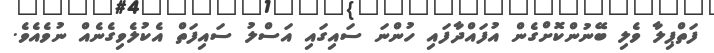
ފަތްޕިލާ ވެލި ބޭނުންކޮށްގެން އުފައްދާފައި ހުންނަ ސައިގައި އަސްލު ސައިފަތް އެކުލެވިގެނެއް ނުވެއެވެ.